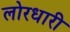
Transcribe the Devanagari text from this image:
लोरधारी